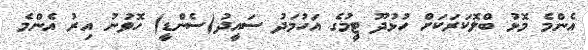
އެންމެ މޮޅު ބްލޮކަރަކަށް ހުޅުދޫ ޓީމުގެ އަހުމަދު ސައީދު(ސެންޑީ) ހޮވުނު އިރު އެންމެ